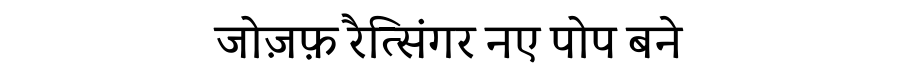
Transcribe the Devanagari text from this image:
जोज़फ़ रैत्सिंगर नए पोप बने